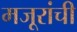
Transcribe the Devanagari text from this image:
मजूरांची